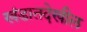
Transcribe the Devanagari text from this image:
खंडातदेखील